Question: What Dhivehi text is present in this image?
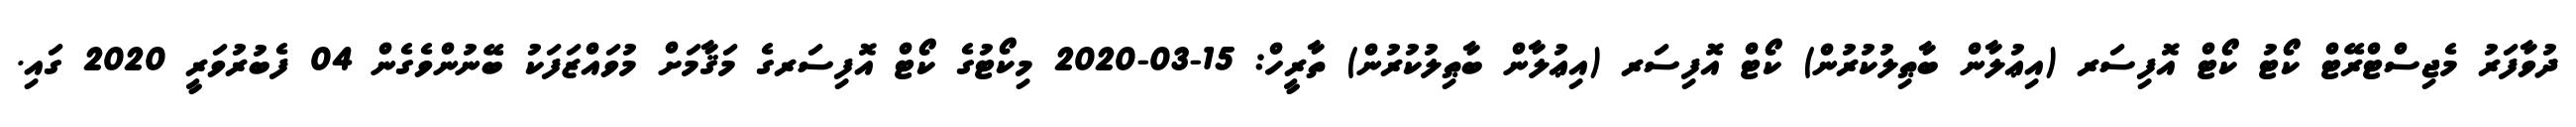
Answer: ދުވާފަރު މެޖިސްޓްރޭޓް ކޯޓު ކޯޓް އޮފިސަރ (އިޢުލާން ބާޠިލުކުރުން) ކޯޓް އޮފިސަރ (އިޢުލާން ބާޠިލުކުރުން) ތާރީހް: 15-03-2020 މިކޯޓުގެ ކޯޓް އޮފިސަރގެ މަޤާމަށް މުވައްޒަފަކު ބޭނުންވެގެން 04 ފެބުރުވަރީ 2020 ގައި.